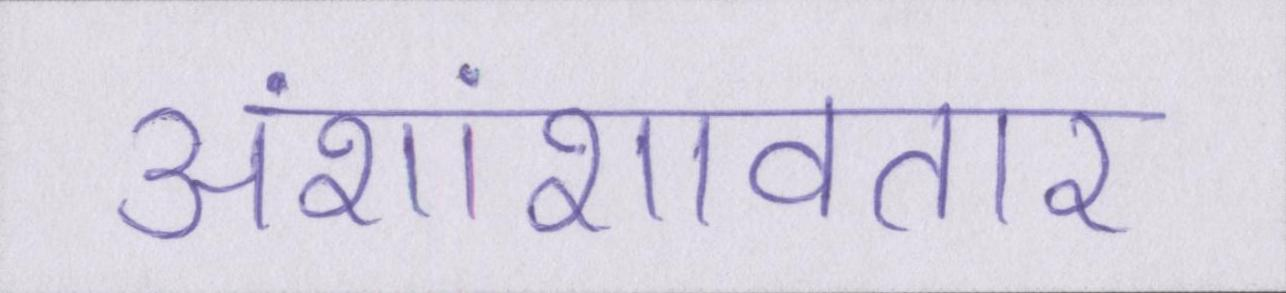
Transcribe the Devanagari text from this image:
अंशांशावतार